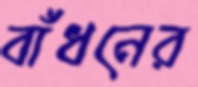
বাঁধনের